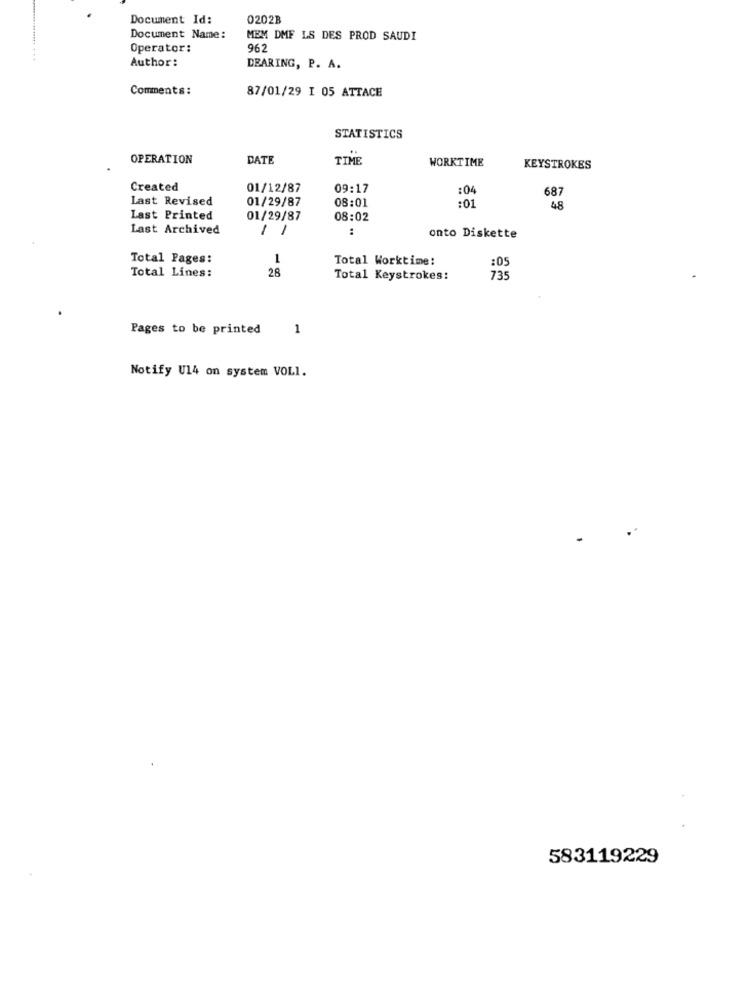
Document Id:
0202B
Document Name:
MEM DMF LS DES PROD SAUDI
Operator:
962
Author:
DEARING, P. A.
Comments:
87/01/29 I 05 ATTACE
STATISTICS
OPERATION
DATE
TIME
WORKTIME
KEYSTROKES
Created
01/12/87
09:17
:04
687
Last Revised
01/29/87
08:01
:01
48
Last Printed
01/29/87
08:02
Last Archived
-
:
onto Diskette
Total Pages:
1
Total Worktime:
Total Lines:
28
:05
Total Keystrokes:
735
Pages to be printed
1
Notify U14 on system VOLI.
583119229